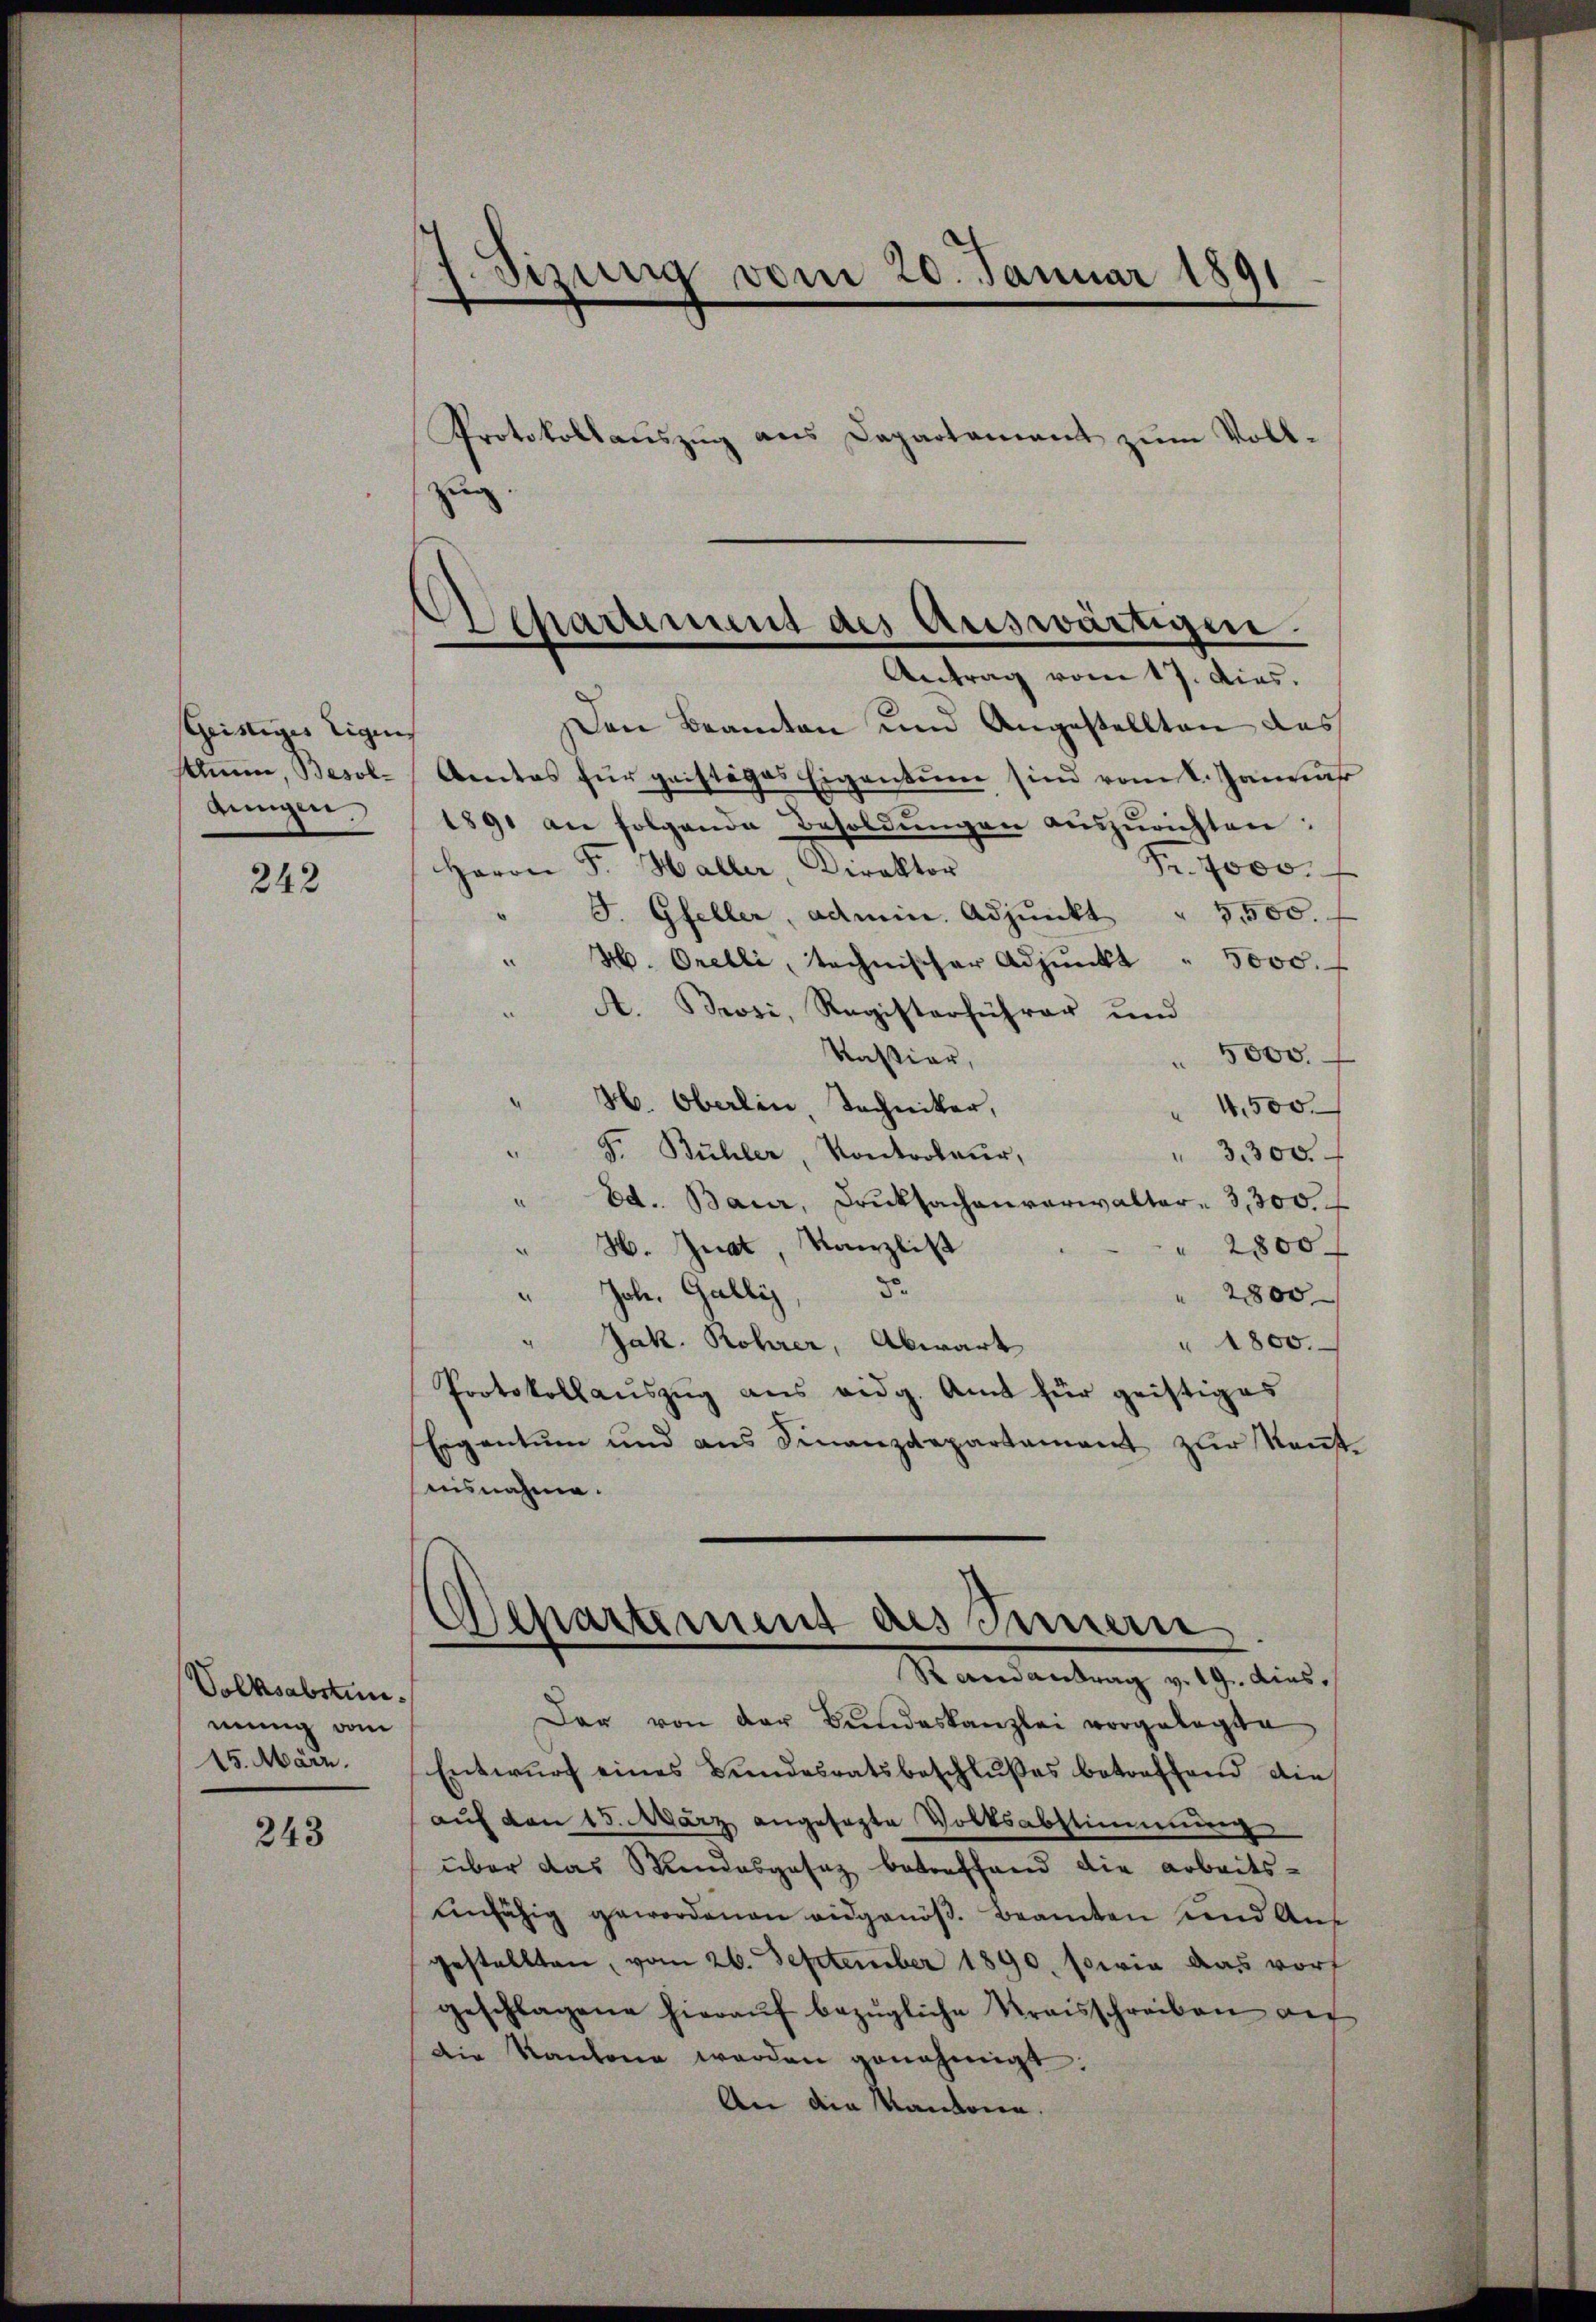
Geistiges Eigens

242

Volksabstun.
mung vom
25. März.

243

7. Sizinig vom 20. Januar 1891

Den Beamten und Angestellten das
slm, Besol-Aentas für geistiges Eigentum sind vom 8. Januar
tŭngen. 1891 an folgende Besoldŭngen aŭszŭrichten:
Pr. 7000.
Herrn F. Haller, Direktor
F. Gfeller, admin. Adjunkt " 5,500.
" H. Orelli, technischer Adjunkt " 5000.
A. Brosi, Registerführer und
Kassiar,
 5000.
H. Oberlin, Techniker,
4,500.
F. Bühler, Kontroleur,
3,300.
Ed. Baur, Druksachenverwalter - 3,300.
e
H. Just, Kanzlist
 2800.
e
" Joh. Gallis, d
 2800
" 1800.
Jak. Rohrer, Abwart
Protokollauszug aus eidg. Amt für geistiges
Eigentum und ans Finanzdepartament zur Kenntnisnahme.

Protokollaŭszŭg ans Departamant zŭm Voll-
zug

Departement des Auswärtigen.
Antrag vom 17. dies.

Departement des Innern
.
e
Randantrag v. 19. dies.

Dar von der Bŭndeskanzlei vorgelegte
Entwŭrf eines Bundesratsbeschlŭβes betreffend die
aŭf den 15. März angesagte Volksabstimmung
über das Standesgesez betreffend die Arbeitsunfähig gewordenen eidgenöß. Beamten und Aus
gestellten, vom 26. September 1890, sowie das vort
geschlagene hieraŭf bezügliche Kraisschreiben au
Die Kantone werden genehmigt:
An die Kantonen.